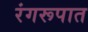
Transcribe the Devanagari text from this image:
रंगरूपात